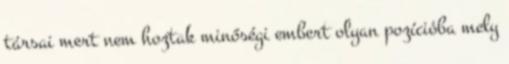
társai mert nem hoztak minőségi embert olyan pozícióba mely